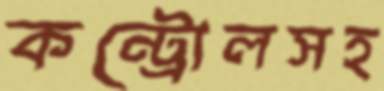
কন্ট্রোলসহ